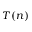
T ( n )